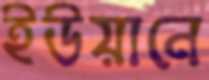
ইউয়ানে